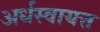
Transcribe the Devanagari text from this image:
अर्धस्वायत्त